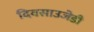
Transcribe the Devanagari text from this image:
दिवसाउजेडी